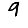
Digit: 9